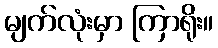
မျက်လုံးမှာ ကြာရိုး။